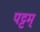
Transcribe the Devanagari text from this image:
पट्टम्